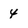
Character: 4